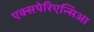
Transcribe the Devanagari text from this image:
एक्सपेरिएन्सिआ